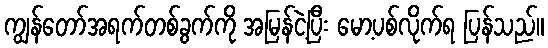
ကျွန်တော်အရက်တစ်ခွက်ကို အမြန်ငဲ့ပြီး မော့ပစ်လိုက်ရ ပြန်သည်။